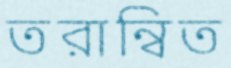
তরান্বিত